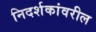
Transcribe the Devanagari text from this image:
निदर्शकांवरील